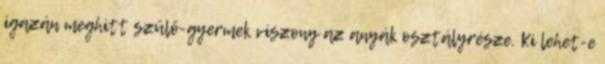
igazán meghitt szülő-gyermek viszony az anyák osztályrésze. Ki lehet-e